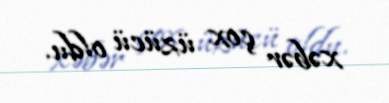
xəbər çox üzücü oldu.